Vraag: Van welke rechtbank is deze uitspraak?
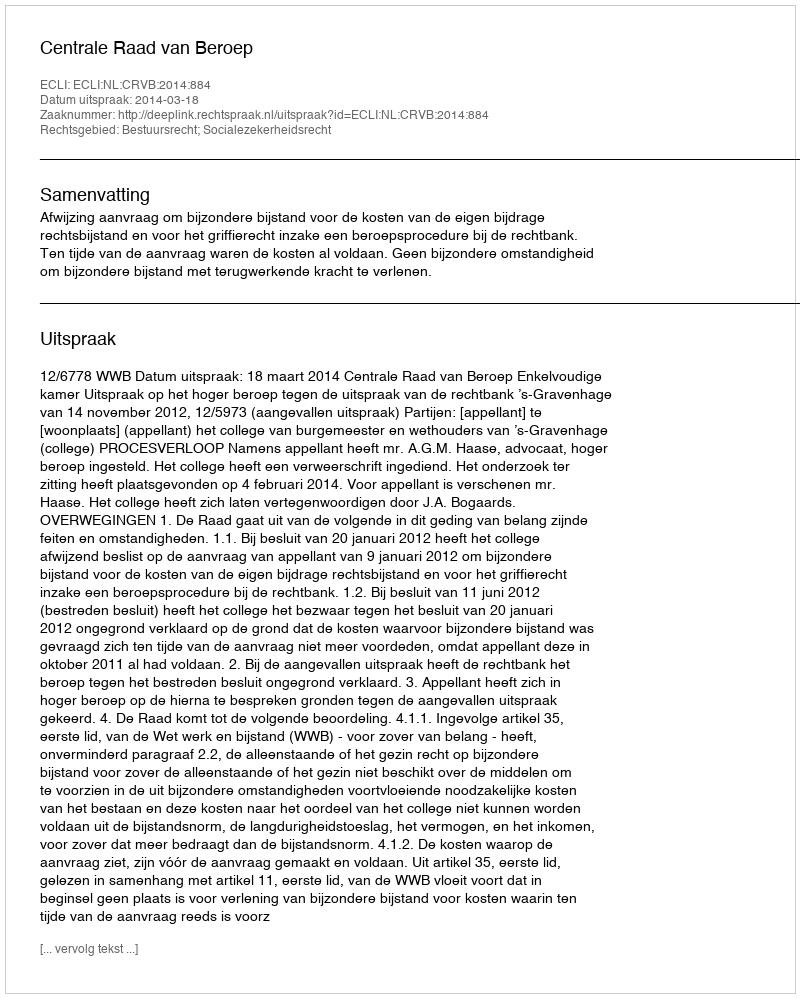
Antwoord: Centrale Raad van Beroep